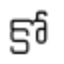
కో